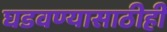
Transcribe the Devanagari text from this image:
घडवण्यासाठीही